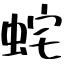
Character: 䖳